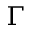
\Gamma